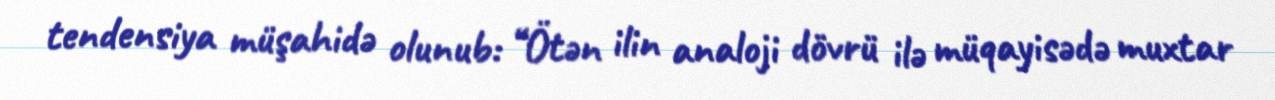
tendensiya müşahidə olunub: “Ötən ilin analoji dövrü ilə müqayisədə muxtar